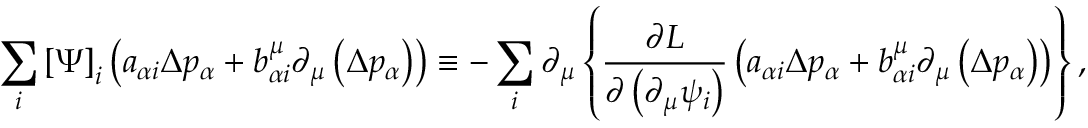
\sum _ { i } \left[ \Psi \right] _ { i } \left( a _ { \alpha i } \Delta p _ { \alpha } + b _ { \alpha i } ^ { \mu } \partial _ { \mu } \left( \Delta p _ { \alpha } \right) \right) \equiv - \sum _ { i } \partial _ { \mu } \left\{ \frac { \partial L } { \partial \left( \partial _ { \mu } \psi _ { i } \right) } \left( a _ { \alpha i } \Delta p _ { \alpha } + b _ { \alpha i } ^ { \mu } \partial _ { \mu } \left( \Delta p _ { \alpha } \right) \right) \right\} ,